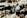
ولكن